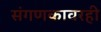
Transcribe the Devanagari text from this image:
संगणकावरही